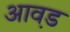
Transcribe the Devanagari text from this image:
आव़ड